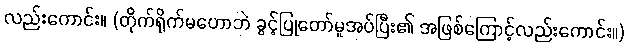
လည်းကောင်း။ (တိုက်ရိုက်မဟောဘဲ ခွင့်ပြုတော်မူအပ်ပြီး၏ အဖြစ်ကြောင့်လည်းကောင်း။)